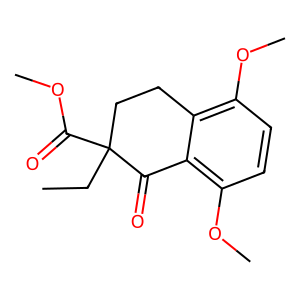
SMILES: CCC1(C(=O)OC)CCc2c(OC)ccc(OC)c2C1=O
Inhibits HIV replication: No